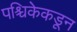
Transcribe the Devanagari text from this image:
पश्चिकेकडून